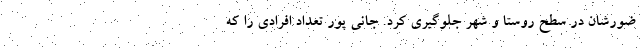
ضورشان در سطح روستا و شهر جلوگیری کرد. جانی پور تعداد افرادی را که